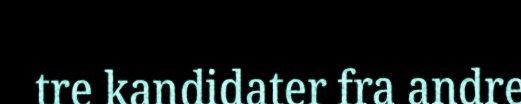
tre kandidater fra andre